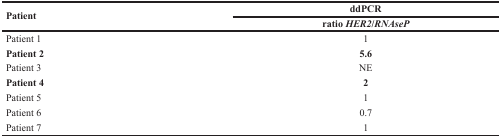
<table><thead><tr><td rowspan="2"><b>Patient</b></td><td><b>ddPCR</b></td></tr><tr><td><b>ratio <i>HER2</i>/<i>RNAseP</i></b></td></tr></thead><tbody><tr><td>Patient 1</td><td>1</td></tr><tr><td><b>Patient 2</b></td><td><b>5.6</b></td></tr><tr><td>Patient 3</td><td>NE</td></tr><tr><td><b>Patient 4</b></td><td><b>2</b></td></tr><tr><td>Patient 5</td><td>1</td></tr><tr><td>Patient 6</td><td>0.7</td></tr><tr><td>Patient 7</td><td>1</td></tr></tbody></table>